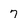
Character: 7